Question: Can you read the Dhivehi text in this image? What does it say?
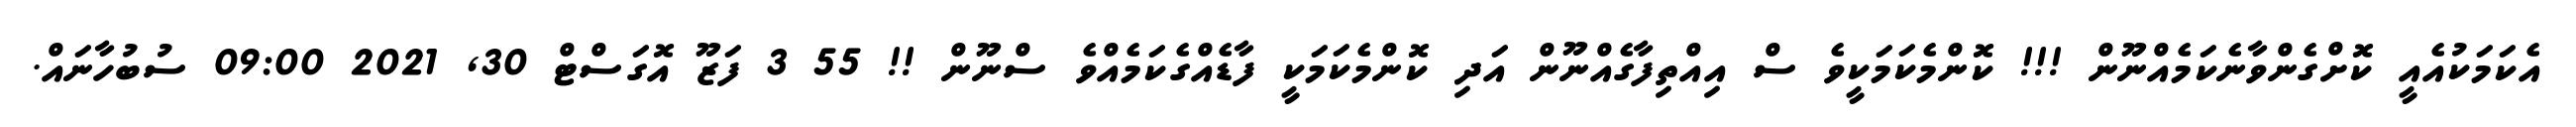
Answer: އެކަމަކުއެއީ ކޮށްގެންވާނެކަމެއްނޫން !!! ކޮންމެކަމަކީވެ ސް އިއްތިފާގެއްނޫން އަދި ކޮންމެކަމަކީ ފާޑެއްގެކަމެއްވެ ސްނޫން !! 55 3 ފަޒޫ އޮގަސްޓް 30, 2021 09:00 ސުބުހާނައް.